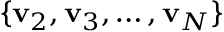
\{ \mathbf { v } _ { 2 } , \mathbf { v } _ { 3 } , \dots , \mathbf { v } _ { N } \}